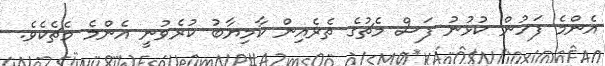
އެންމެ ފަހުން ކުޅުނު ފަސް މެޗުގެ ތެރެއިން ކާމިޔާބު ކުރެވުނީ އެންމެ މެޗެކެވެ.